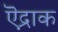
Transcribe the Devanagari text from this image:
ऎद्राक